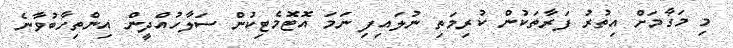
މި މަގާމަށް އިތުރު ފަރާތަކުން ކުރިމަތި ނުލައިފި ނަމަ އޮޓޮމެޓިކުން ސަލާހުއްދީން އިންތިހާބުވާނެ